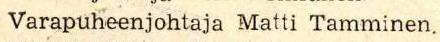
 Varapuheenjohtaja Matti Tamminen.